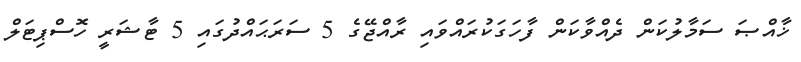
ޚާއްޞަ ސަމާލުކަން ދެއްވާކަން ފާހަގަކުރައްވައި ރާއްޖޭގެ 5 ސަރަޙައްދުގައި 5 ޓާޝަރީ ހޮސްޕިޓަލް